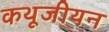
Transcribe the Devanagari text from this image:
कथूजीयन